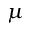
\mu